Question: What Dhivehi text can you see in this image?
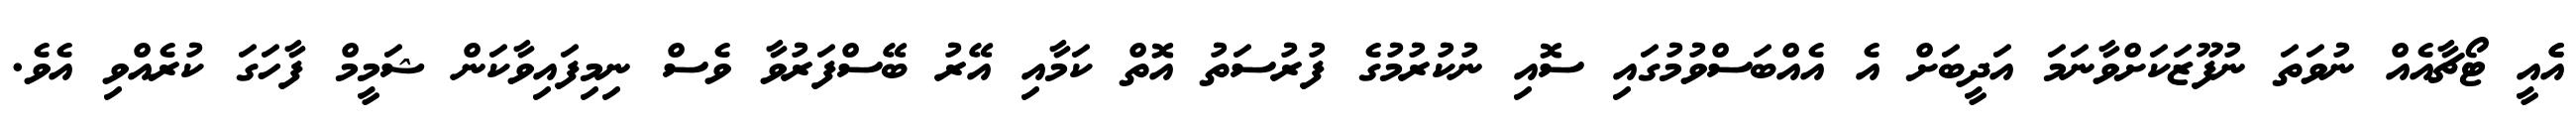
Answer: އެެއީ ޓޯޗާއެއް ނުވަތަ ނުފޫޒަކަށްވާނަމަ އަދީބަށް އެ އެއްބަސްވުމުގައި ސޮއި ނުކުރުމުގެ ފުރުސަތު އޮތް ކަމާއި އޭރު ބޭސްފަރުވާ ވެސް ނިމިފައިވާކަން ޝަމީމް ފާހަގަ ކުރެއްވި އެވެ.